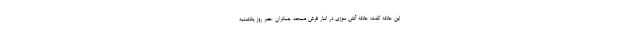
این حادثه گفت: حادثه آتش سوزی در انبار فرش مسجد جمکران عصر روز یکشنبه